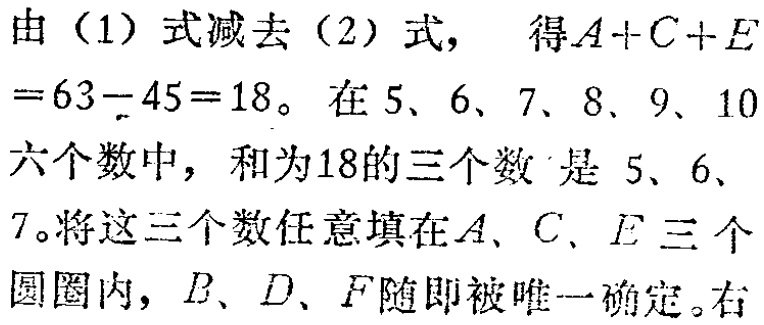
由（1）式减去（2）式， 得\(A + C + E=63 - 45 = 18\)。在\(5\)、\(6\)、\(7\)、\(8\)、\(9\)、\(10\)六个数中，和为\(18\)的三个数 是 \(5\)、\(6\)、\(7\)。将这三个数任意填在\(A\)、\(C\)、\(E\)三个圆圈内，\(B\)、\(D\)、\(F\)随即被唯一确定。